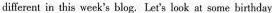
different in this weck's blog. Let's look at some birthday